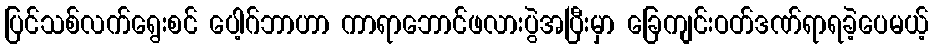
ပြင်သစ်လက်ရွေးစင် ပေါ့ဂ်ဘာဟာ ကာရာဘောင်ဖလားပွဲအပြီးမှာ ခြေကျင်းဝတ်ဒဏ်ရာရခဲ့ပေမယ့်